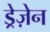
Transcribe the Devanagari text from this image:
ड्रेज़ेन